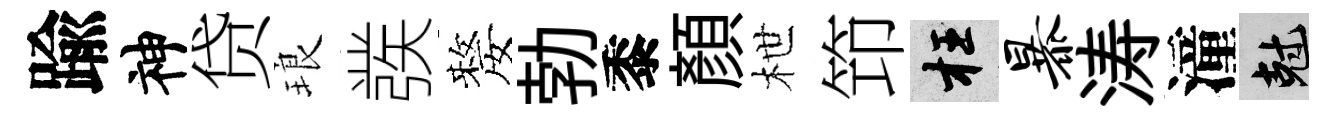
踰神贷琅彂嫠勃黍顔枻笻枉暴涛潼剋